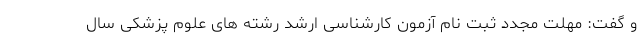
و گفت: مهلت مجدد ثبت نام آزمون کارشناسی ارشد رشته های علوم پزشکی سال